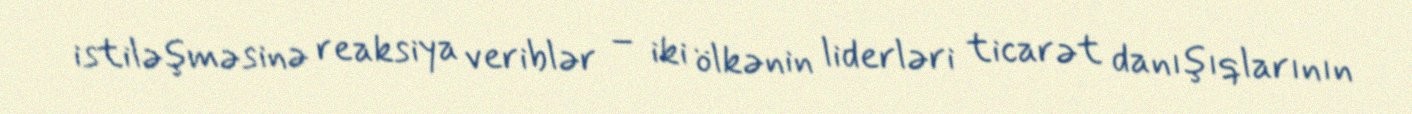
istiləşməsinə reaksiya veriblər – iki ölkənin liderləri ticarət danışıqlarının